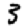
Digit: 3